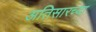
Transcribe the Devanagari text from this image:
अतिसारच्या